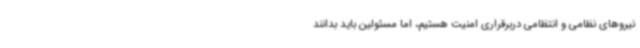
نیروهای نظامی و انتظامی دربرقراری امنیت هستیم، اما مسئولین باید بدانند